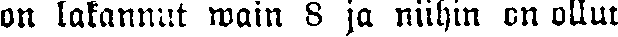
on lakannut wain 8 ja niihin on ollut